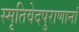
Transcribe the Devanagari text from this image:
स्मृतिवेदपुराणानां